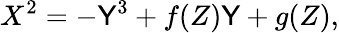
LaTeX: X^{2}=-\mathsf{Y}^{3}+f(Z)\mathsf{Y}+g(Z),